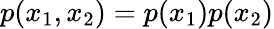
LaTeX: p(x_{1},x_{2})=p(x_{1})p(x_{2})